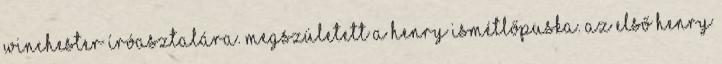
Winchester íróasztalára. Megszületett a Henry ismétlőpuska. Az első Henry